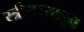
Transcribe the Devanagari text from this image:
स्त्रीराज्यातून